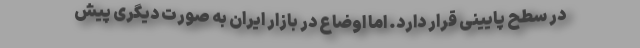
در سطح پایینی قرار دارد. اما اوضاع در بازار ایران به صورت دیگری پیش